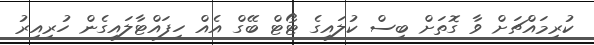
ކުރިމައްޗަށް ވާ ގޮތަށް ބިސް ކުލައިގެ ޓޯޓް ބޭގް އެއް ހިފައްޓާލައިގެން ހުރިއިރު